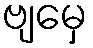
ဗျမှေ